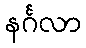
နင်္ဂလာ